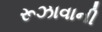
રૂઝાવાની